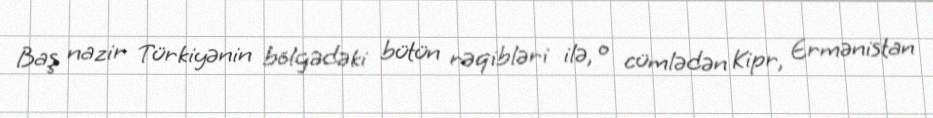
Baş nazir Türkiyənin bölgədəki bütün rəqibləri ilə, o cümlədən Kipr, Ermənistan